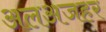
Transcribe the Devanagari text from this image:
अलअजहर